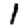
Digit: 1